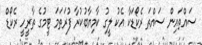
ސައްތައިން ސައްތަ ރެކޯޑަކާ އެކު ލީގު ކާމިޔާބުކުރާ ފުރަތަމަ ޓީމުގެ ތާރީހީ ރެކޯޑް